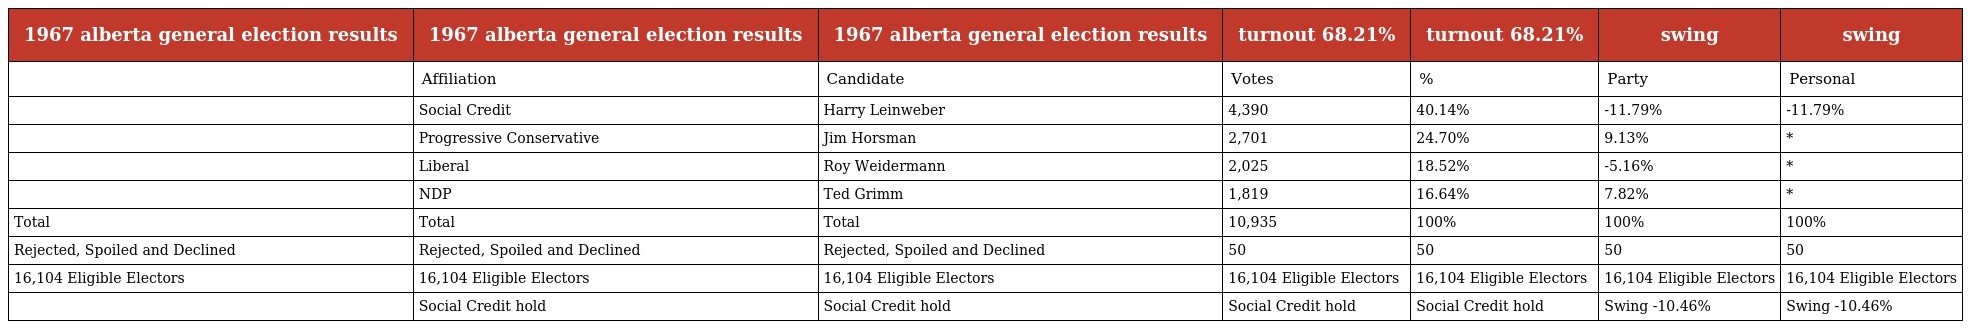
| 1967 alberta general election results | 1967 alberta general election results | 1967 alberta general election results | turnout 68.21% | turnout 68.21% | swing | swing |
 | --- | --- | --- | --- | --- | --- | --- |
 |  | Affiliation | Candidate | Votes | % | Party | Personal |
 |  | Social Credit | Harry Leinweber | 4,390 | 40.14% | -11.79% | -11.79% |
 |  | Progressive Conservative | Jim Horsman | 2,701 | 24.70% | 9.13% | * |
 |  | Liberal | Roy Weidermann | 2,025 | 18.52% | -5.16% | * |
 |  | NDP | Ted Grimm | 1,819 | 16.64% | 7.82% | * |
 | Total | Total | Total | 10,935 | 100% | 100% | 100% |
 | Rejected, Spoiled and Declined | Rejected, Spoiled and Declined | Rejected, Spoiled and Declined | 50 | 50 | 50 | 50 |
 | 16,104 Eligible Electors | 16,104 Eligible Electors | 16,104 Eligible Electors | 16,104 Eligible Electors | 16,104 Eligible Electors | 16,104 Eligible Electors | 16,104 Eligible Electors |
 |  | Social Credit hold | Social Credit hold | Social Credit hold | Social Credit hold | Swing -10.46% | Swing -10.46% |